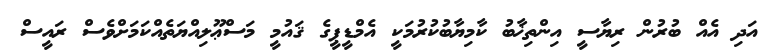
އަދި އެއް ބުރުން ރިޔާސީ އިންތިޚާބު ކާމިޔާބުކުރުމަކީ އެމްޑީޕީގެ ޤައުމީ މަސްޢޫލިއްޔަތެއްކަމަށްވެސް ރައީސް